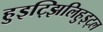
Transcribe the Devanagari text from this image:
हुइट्झिलिहुइट्ल